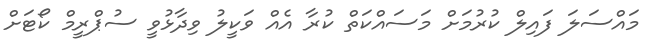
މައްސަލަ ފައިލް ކުރުމަށް މަސައްކަތް ކުރާ އެއް ވަކީލު ވިދާޅުވީ ސުޕްރީމް ކޯޓަށް